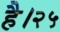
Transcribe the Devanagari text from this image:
है।२५